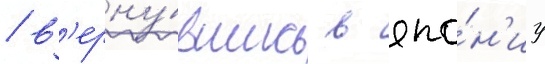
/ в'ерну́вшись в япо́н'иу